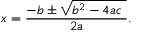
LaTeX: x = { \frac { - b \pm { \sqrt { b ^ { 2 } - 4 a c \ } } } { 2 a } } .